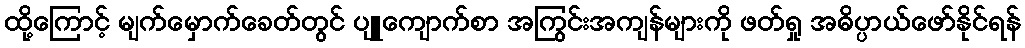
ထို့ကြောင့် မျက်မှောက်ခေတ်တွင် ပျူကျောက်စာ အကြွင်းအကျန်များကို ဖတ်ရှု အဓိပ္ပာယ်ဖော်နိုင်ရန်